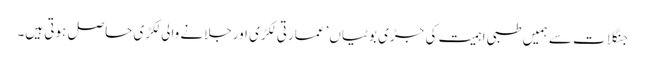
جنگلات سے ہمیں طبی اہمیت کی جڑی بوٹیاں’ عمارتی لکڑی اورجلانے والی لکڑی حاصل ہوتی ہیں۔